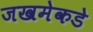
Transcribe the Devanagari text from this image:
जखमेकडे